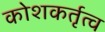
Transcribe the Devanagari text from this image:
कोशकर्तृत्व